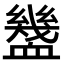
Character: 𧗓